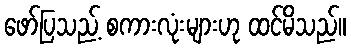
ဖော်ပြသည့် စကားလုံးများဟု ထင်မိသည်။